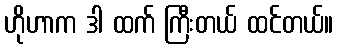
ဟိုဟာက ဒါ ထက် ကြီးတယ် ထင်တယ်။